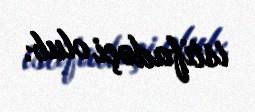
istifadəçi olub.